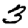
Digit: 3